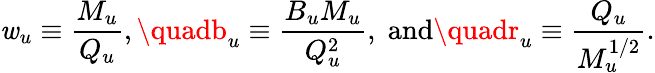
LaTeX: \mathit{w}_{u}\equiv\frac{{M_{u}}}{{Q_{u}}},\quadb_{u}\equiv\frac{{B_{u}M_{u}}}{{Q_{u}^{2}}},\; \textrm{{and}}\quadr_{u}\equiv\frac{{Q_{u}}}{{M_{u}^{1/2}}}.